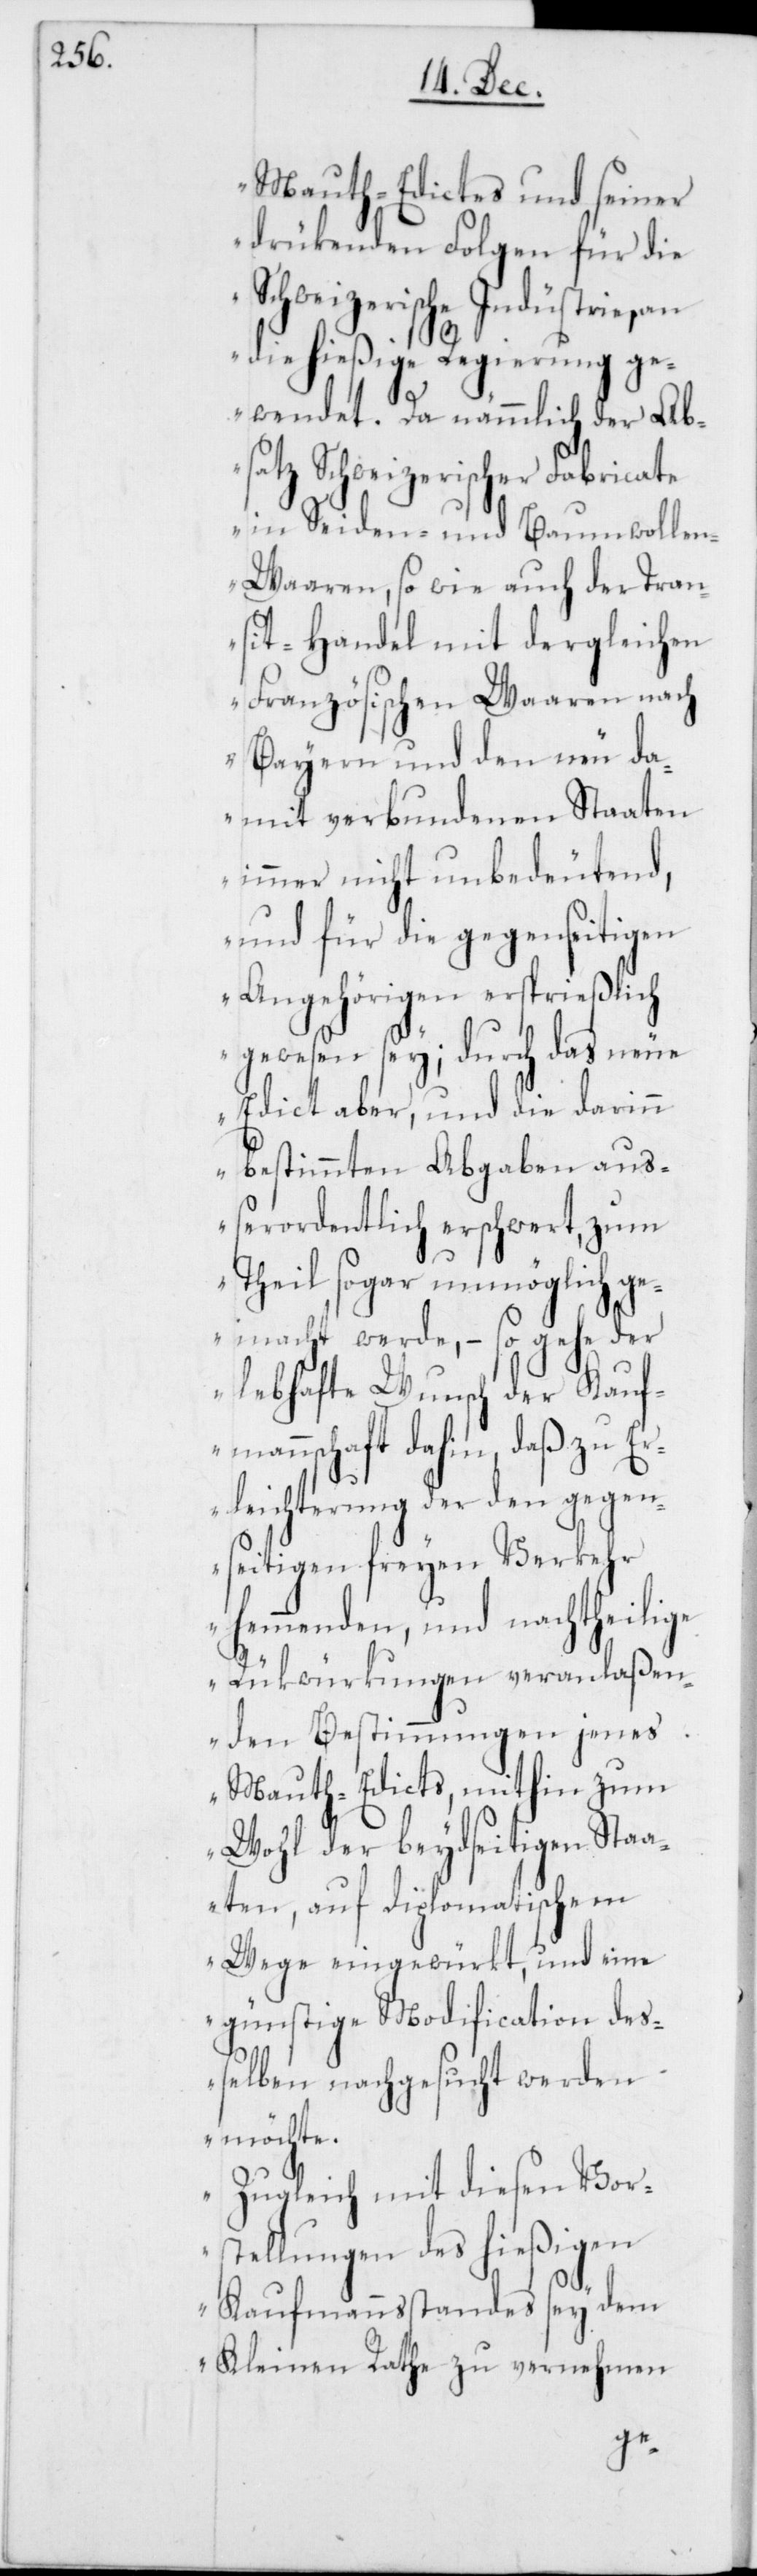
Mauth-Edictes und seiner
drükenden Folgen für die
Schweizerische Industrie, an
die hießige Regierung ge¬
wendet. Da nämmlich der Ab¬
satz Schweizerischer Fabricate
in Seiden- und Baumwolle¬
n-Waaren, so wie auch der Tran¬
sit-Handel mit dergleichen
Französischen Waaren nach
Bayern und den neu da¬
mit verbundenen Staaten
immer nicht unbedeutend,
und für die gegenseitigen
Angehörigen ersprießlich
gewesen sey; durch das neue
Edict aber, und die darinn
bestimmten Abgaben au¬
ßerordentlich erschwert, zum
Theil sogar unmöglich ge¬
macht werde, – so gehe der
lebhafte Wunsch der Kauf¬
mannschaft dahin, daß zu E¬
rleichterung der den gegen¬
seitigen freyen Verkehr
hemmenden, und nachtheilige
Rükwürkungen veranlaßen¬
den Bestimmungen jenes
Mauth-Edicts, mithin zum
Wohl der beydseitigen Sta¬
aten, auf Diplomatischem
Wege eingewürkt, und eine
günstige Modification de¬
ßelben nachgesucht werden
möchte.
Zugleich mit diesen Vor¬
stellungen des hießigen
Kaufmannsstandes sey dem
Kleinen Rathe zu vernehmen